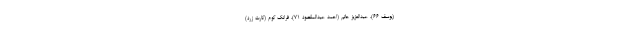
(یوسف ۶۶)، عبدالعزیز حاتم (احمد عبدالمقصود ۷۱)، فرانک کوم (کارت زرد)